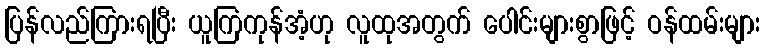
ပြန်လည်ကြားရပြီး ယူကြကုန်အံ့ဟု လူထုအတွက် ပေါင်းများစွာဖြင့် ဝန်ထမ်းများ